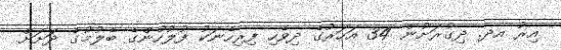
އިރު އދ. ދިގުރަށުން 34 އަހަރުގެ ދިވެހި ފިރިހެނަކު ފުލުހުންގެ ބެލުމުގެ ދަށަށް